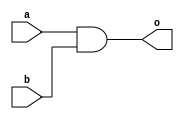
`timescale 1ns / 1ps
//////////////////////////////////////////////////////////////////////////////////
// Company: 
// Engineer: 
// 
// Design Name: 
// Module Name:    AND 
// Project Name: 
// Target Devices: 
// Tool versions: 
// Description: 
//
// Dependencies: 
//
// Revision: 
// Revision 0.01 - File Created
// Additional Comments: 
//
//////////////////////////////////////////////////////////////////////////////////
module AND( o, a, b
    );
input a, b;
output o;

and #4 AND_1( o, a, b );	 

endmodule